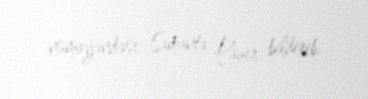
nümayəndəsi Samanta Pauer bildirib.